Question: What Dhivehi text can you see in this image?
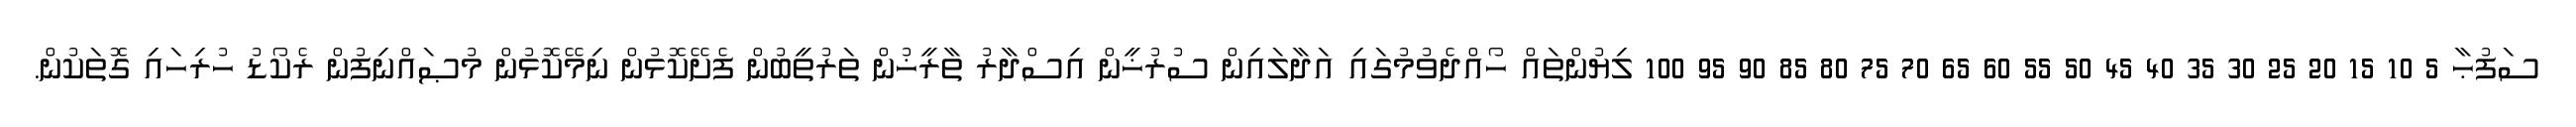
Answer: ސަފުޙާ 5 10 15 20 25 30 35 40 45 50 55 60 65 70 75 80 85 90 95 100 ލިޔުންތައް ހޯއްދެވުމުގައި އަދާލައިން ސުރުޚީން އިސްދާރު ތާރީޚުން ތަރުތީބުން ފެށޭކޮޅުން ނިމޭކޮޅުން މުޞައްނިފުން ރެކޯޑު ހުރިހައި ގޮތަކުން.